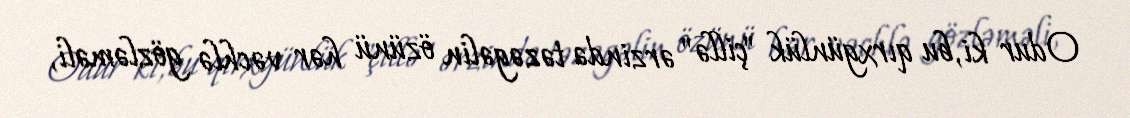
Odur ki, bu qırxgünlük "çillə" ərzində təzəgəlin özünü hər vəchlə gözləməli,